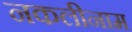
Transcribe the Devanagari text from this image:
नकलीनाम